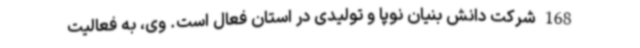
168 شرکت دانش بنیان نوپا و تولیدی در استان فعال است. وی، به فعالیت